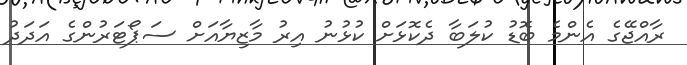
ރާއްޖޭގެ އެންމެ ބޮޑު ކުލަބާ ދެކޮޅަށް ކުޅުނު އިރު މާޒިޔާއަށް ސަޕޯޓަރުންގެ އަދަދު